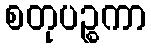
စတုပဉ္စကာ